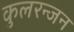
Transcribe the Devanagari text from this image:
कुलरन्जन